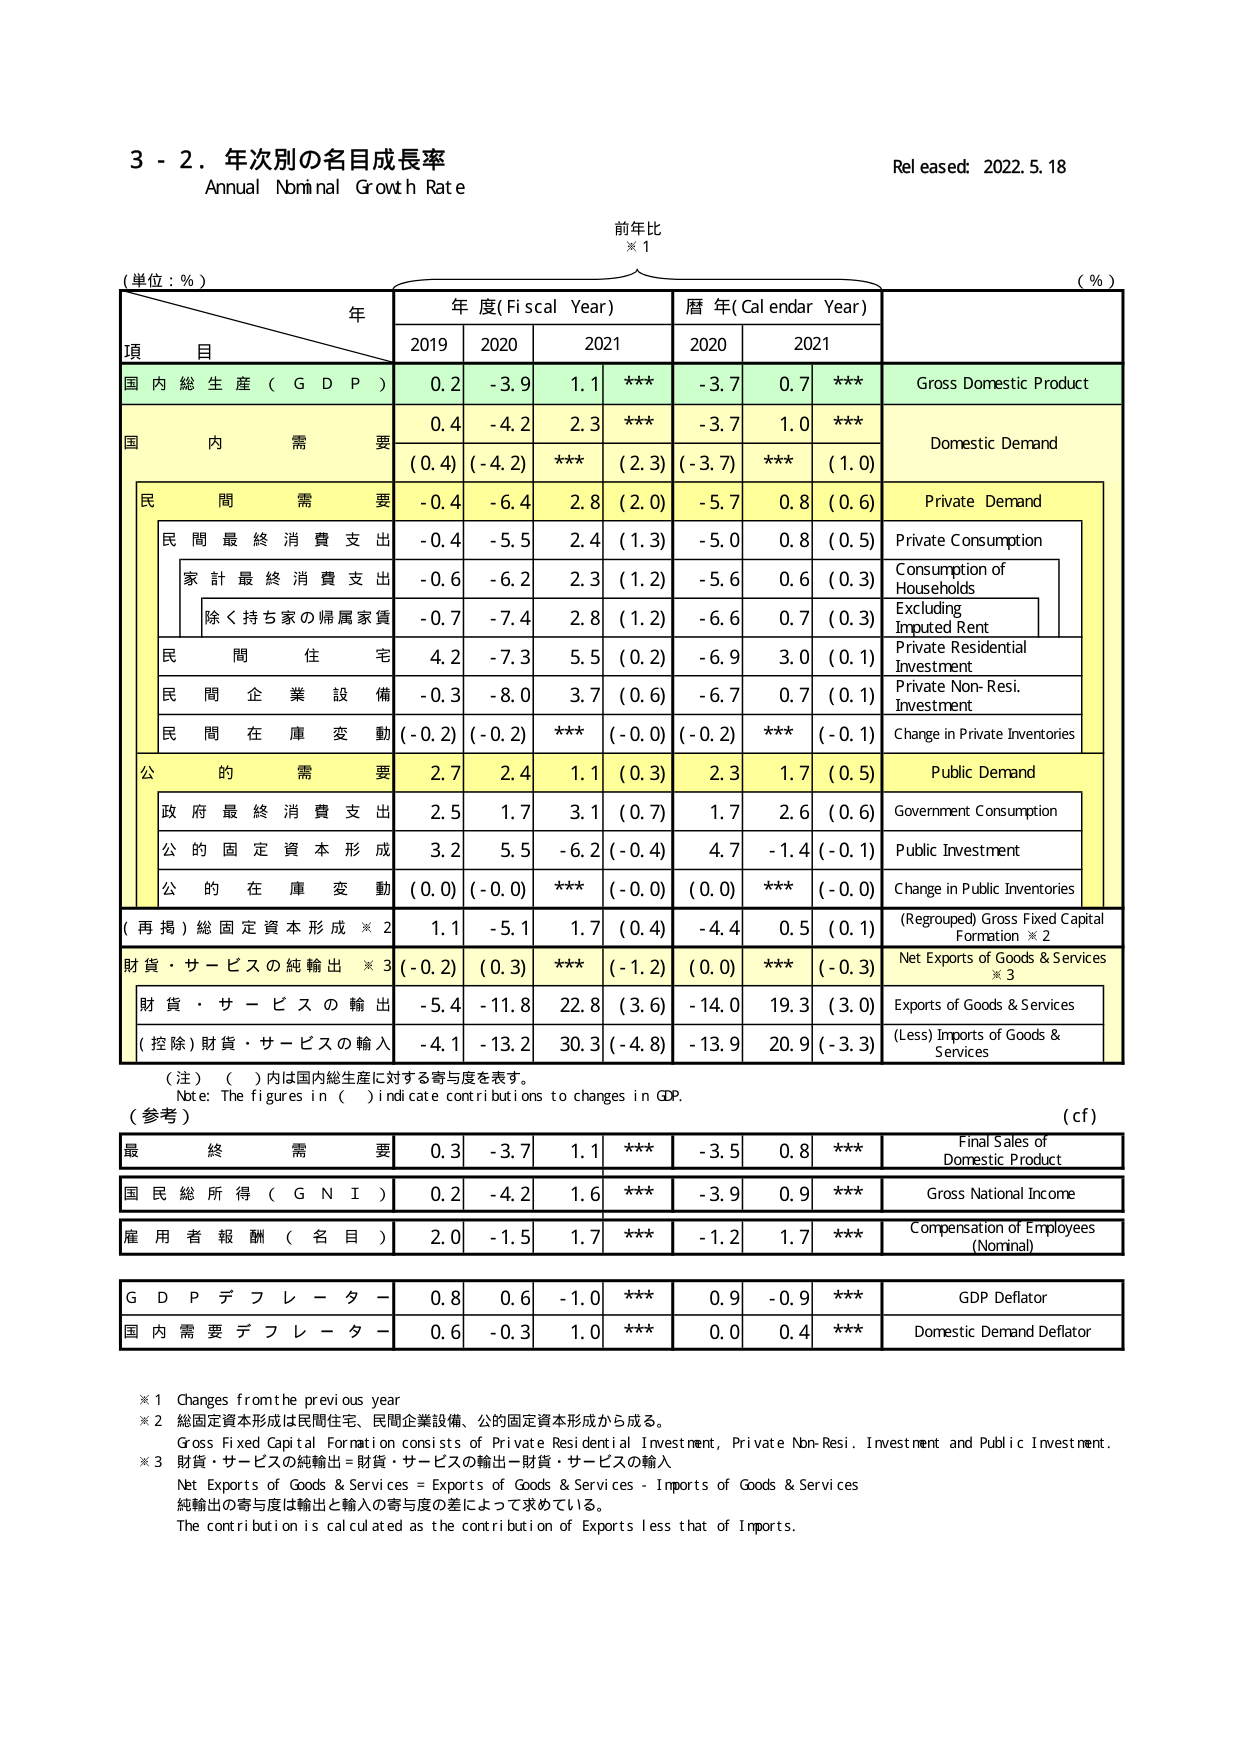
3 - 2. 年次別の名目成長率
Annual Nominal Growth Rate
Released: 2022.5.18

前年比
※1

(単位：％)
(％)

年
年度(Fiscal Year)
暦年(Calendar Year)

項 目
2019
2020
2021
2020
2021

国内総生産（GDP）
0.2
-3.9
1.1
***
-3.7
0.7
***
Gross Domestic Product

国内需要
0.4
-4.2
2.3
***
-3.7
1.0
***
Domestic Demand

(0.4)
(-4.2)
***
(2.3)
(-3.7)
***
(1.0)

民間需要
-0.4
-6.4
2.8
(2.0)
-5.7
0.8
(0.6)
Private Demand

民間最終消費支出
-0.4
-5.5
2.4
(1.3)
-5.0
0.8
(0.5)
Private Consumption

家計最終消費支出
-0.6
-6.2
2.3
(1.2)
-5.6
0.6
(0.3)
Consumption of Households

除く持ち家の帰属家賃
-0.7
-7.4
2.8
(1.2)
-6.6
0.7
(0.3)
Excluding Imputed Rent

民間住宅
4.2
-7.3
5.5
(0.2)
-6.9
3.0
(0.1)
Private Residential Investment

民間企業設備
-0.3
-8.0
3.7
(0.6)
-6.7
0.7
(0.1)
Private Non-Res. Investment

民間在庫変動
(-0.2)
(-0.2)
***
(-0.0)
(-0.2)
***
(-0.1)
Change in Private Inventories

公的需要
2.7
2.4
1.1
(0.3)
2.3
1.7
(0.5)
Public Demand

政府最終消費支出
2.5
1.7
3.1
(0.7)
1.7
2.6
(0.6)
Government Consumption

公的固定資本形成
3.2
5.5
-6.2
(-0.4)
4.7
-1.4
(-0.1)
Public Investment

公的在庫変動
(0.0)
(-0.0)
***
(-0.0)
(0.0)
***
(-0.0)
Change in Public Inventories

（再掲）総固定資本形成※2
1.1
-5.1
1.7
(0.4)
-4.4
0.5
(0.1)
(Regrouped) Gross Fixed Capital Formation※2

財貨・サービスの純輸出※3
(-0.2)
(0.3)
***
(-1.2)
(0.0)
***
(-0.3)
Net Exports of Goods & Services※3

財貨・サービスの輸出
-5.4
-11.8
22.8
(3.6)
-14.0
19.3
(3.0)
Exports of Goods & Services

（控除）財貨・サービスの輸入
-4.1
-13.2
30.3
(-4.8)
-13.9
20.9
(-3.3)
(Less) Imports of Goods & Services

（注）（ ）内は国内総生産に対する寄与度を表す。
Note: The figures in ( ) indicate contributions to changes in GDP.

（参考）
(cf)

最終需要
0.3
-3.7
1.1
***
-3.5
0.8
***
Final Sales of Domestic Product

国民総所得（GNI）
0.2
-4.2
1.6
***
-3.9
0.9
***
Gross National Income

雇用者報酬（名目）
2.0
-1.5
1.7
***
-1.2
1.7
***
Compensation of Employees (Nominal)

GDPデフレーター
0.8
0.6
-1.0
***
0.9
-0.9
***
GDP Deflator

国内需要デフレーター
0.6
-0.3
1.0
***
0.0
0.4
***
Domestic Demand Deflator

※1 Changes from the previous year
※2 総固定資本形成は民間住宅、民間企業設備、公的固定資本形成から成る。
Gross Fixed Capital Formation consists of Private Residential Investment, Private Non-Resi. Investment and Public Investment.
※3 財貨・サービスの純輸出＝財貨・サービスの輸出－財貨・サービスの輸入
Net Exports of Goods & Services = Exports of Goods & Services - Imports of Goods & Services
純輸出の寄与度は輸出と輸入の寄与度の差によって求めている。
The contribution is calculated as the contribution of Exports less that of Imports.